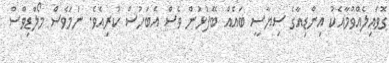
ގޮވައިލެއްވުމާއެކު އިންޑިއާގެ ސިޔާސީ ބައެއް ބޭފުޅުން ވެސް އެބަހުސް ކުރިއެވެ. ނަމަވެސް މޯލްޑިވްސް